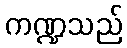
ကဏ္ဍသည်